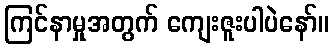
ကြင်နာမှုအတွက် ကျေးဇူးပါပဲနော်။